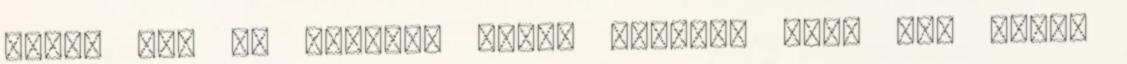
Pedig nem is történt semmi komoly. még. Egy másik